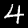
Label: 4